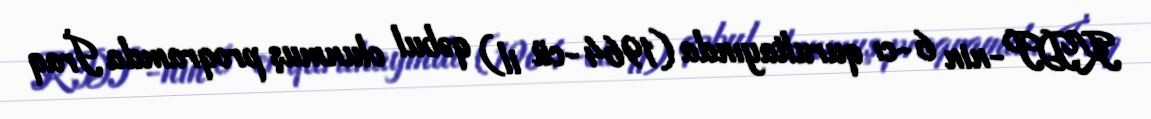
KDP-nin 6-cı qurultayında (1964-cü il) qəbul olunmuş proqramda İraq